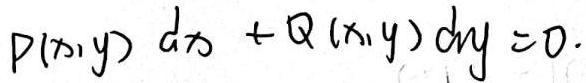
\[P(x,y)\,dx + Q(x,y)\,dy = 0\]